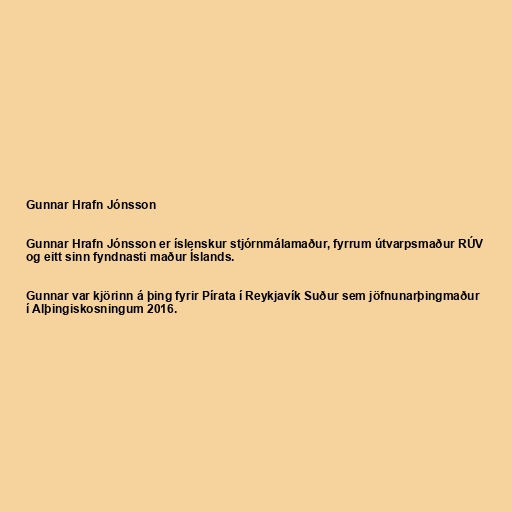
Gunnar Hrafn Jónsson

Gunnar Hrafn Jónsson er íslenskur stjórnmálamaður, fyrrum útvarpsmaður RÚV
og eitt sinn fyndnasti maður Íslands.

Gunnar var kjörinn á þing fyrir Pírata í Reykjavík Suður sem jöfnunarþingmaður
í Alþingiskosningum 2016.